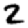
Digit: 2